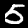
Digit: 5